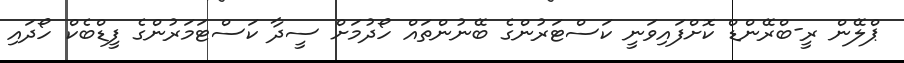
ޕްލޭން ރީ-ބްރޭންޑް ކޮށްފައިވަނީ ކަސްޓަރުންގެ ބޭނުންތައް ހޯދުމަށް ސީދާ ކަސްޓަމަރުންގެ ފީޑްބެކް ހޯދައި